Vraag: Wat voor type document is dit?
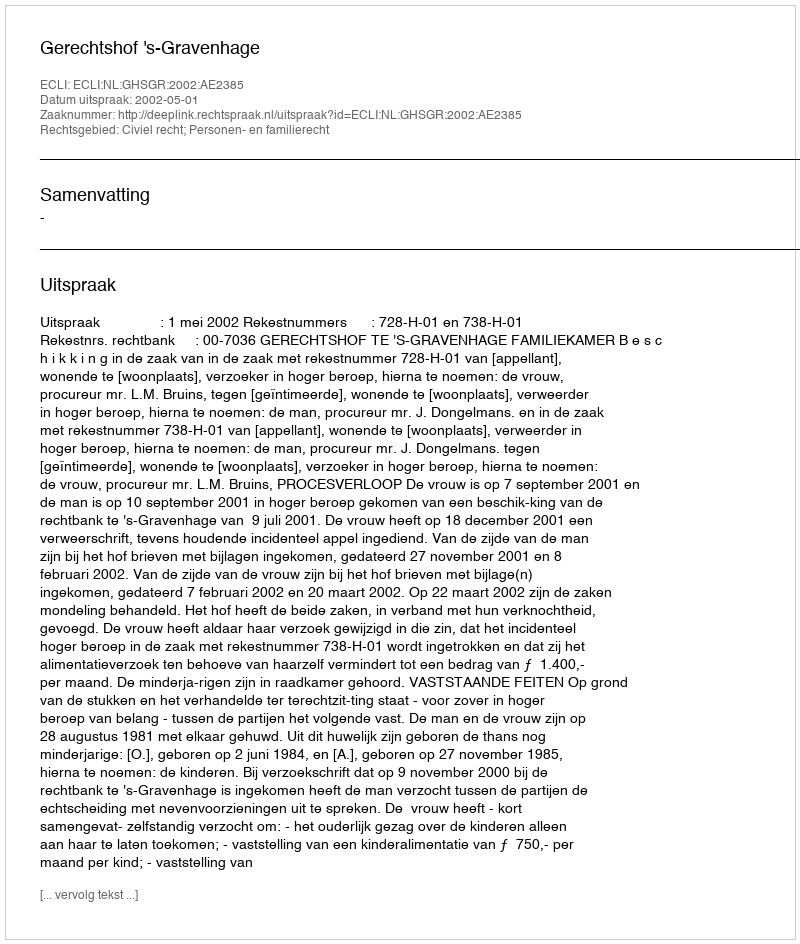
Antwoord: Uitspraak